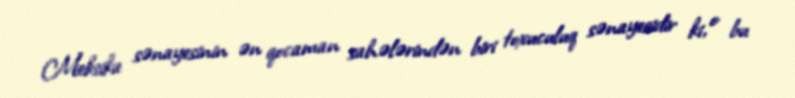
Meksika sənayesinin ən qocaman sahələrindən biri toxuculuq sənayesidir ki, o bu